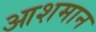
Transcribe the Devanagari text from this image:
आशमान